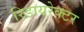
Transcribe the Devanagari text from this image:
रिडायरेक्टर